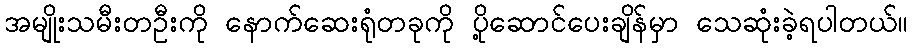
အမျိုးသမီးတဦးကို နောက်ဆေးရုံတခုကို ပို့ဆောင်ပေးချိန်မှာ သေဆုံးခဲ့ရပါတယ်။